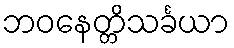
ဘဝနေတ္တိသင်္ခယာ